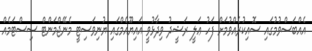
އެއްބަސްވުމުގައި ސޮއިކުރެއްވުމަށް ފަހު ޢަލީ ރަޝީދު ވިދާޅުވީ އައިޔޫއެމްގައި ޔުނިވަސިޓީ މެނޭޖްމަންޓް ސިސްޓަމެއް